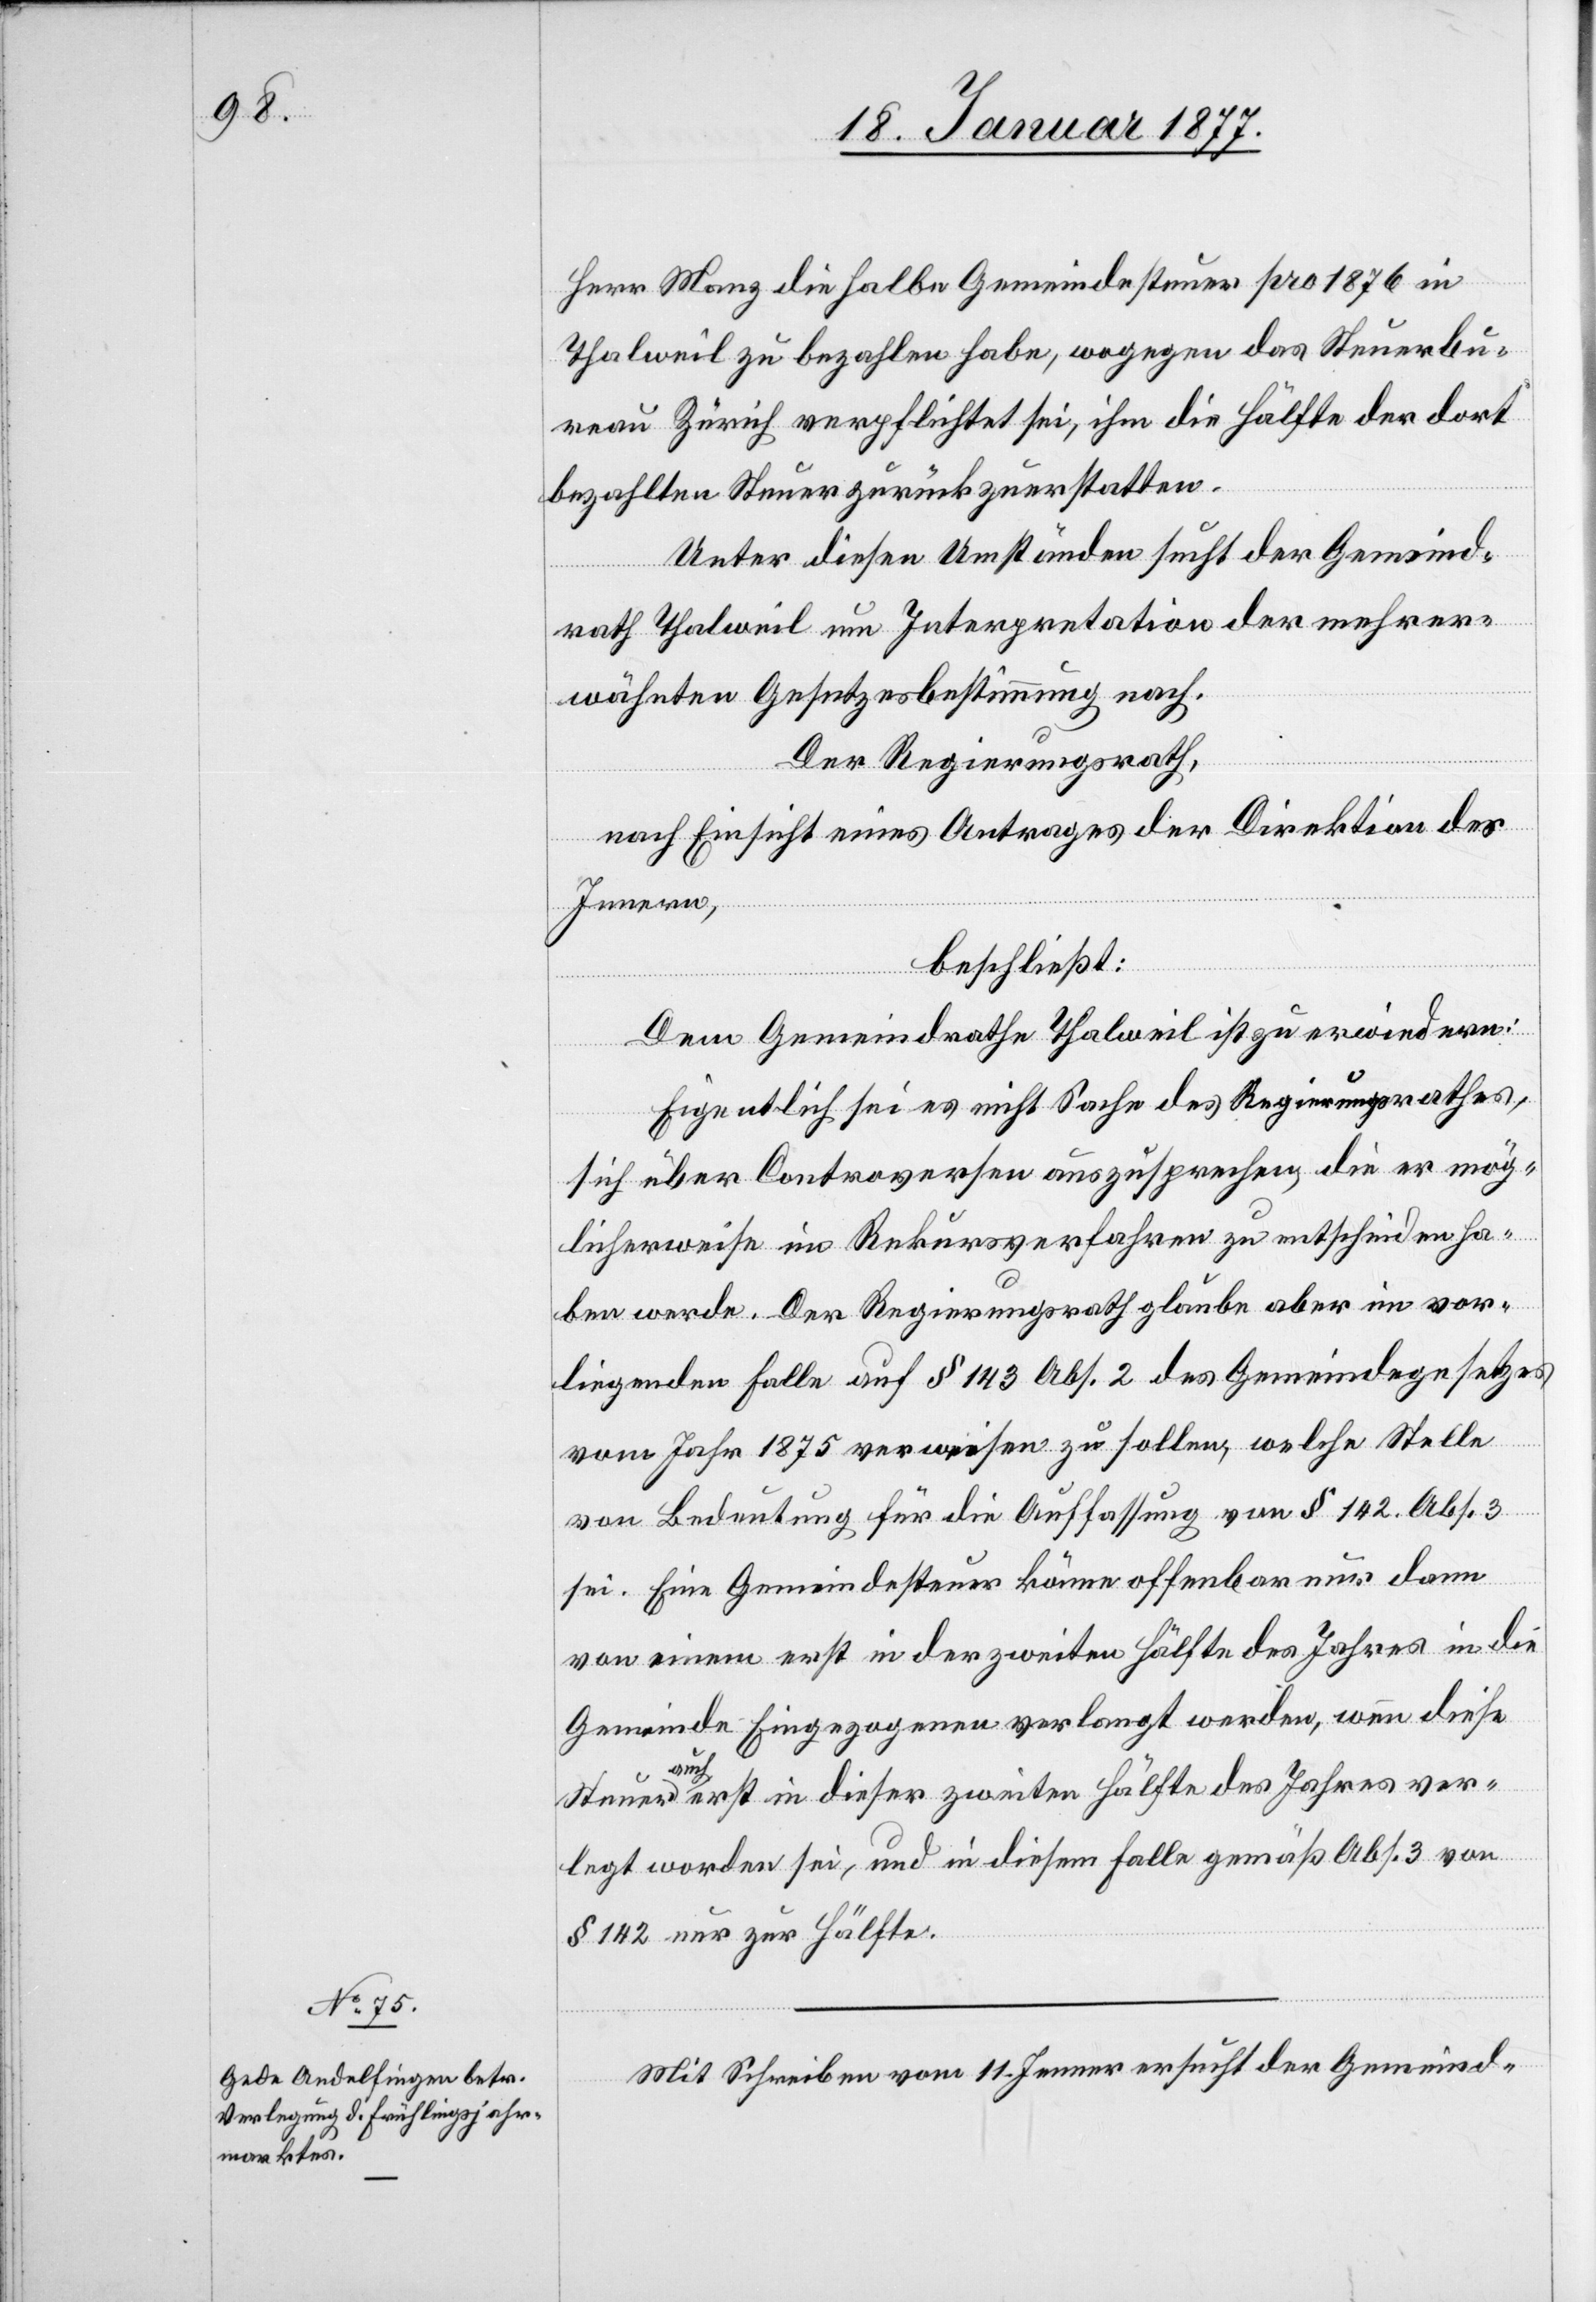
Steuer
Herr Manz die halbe Gemeindesteuer pro 1876 in
Thalweil zu bezahlen habe, wogegen das Steuerbu¬
reau Zürich verpflichtet sei, ihm die Hälfte der dort
bezahlten Steuer zurückzuerstatten.
Unter diesen Umständen sucht der Gemeind¬
rath Thalweil um Interpretation der mehrer¬
wähnten Gesetzesbestimmung nach.
Der Regierungsrath,
nach Einsicht eines Antrages der Direktion des
Innern,
beschließt:
Dem Gemeindrathe Thalweil ist zu erwiedern:
Eigentlich sei es nicht Sache des Regierungsrathes,
sich über Controversen auszusprechen, die er mög¬
licherweise im Rekursverfahren zu entscheiden ha¬
ben werde. Der Regierungsrath glaube aber im vor¬
liegenden Falle auf § 143 Abs. 2 des Gemeindegesetzes
vom Jahr 1875 verweisen zu sollen, welche Stelle
von Bedeutung für die Auffassung von § 142 Abs. 3
sei. Eine Gemeindesteuer könne offenbar nur dann
von einem erst in der zweiten Hälfte des Jahres in die
Gemeinde Eingezogenen verlangt werden, wenn diese
auch erst in dieser zweiten Hälfte des Jahre ver¬
legt worden sei, und in diesem Falle gemäß Abs. 3 von
§ 142 nur zur Hälfte.
Mit Schreiben vom 11. Januar ersucht der Gemeind-